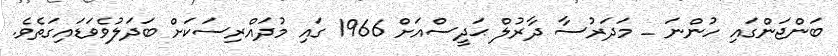
ބަންޖަންގައި ހުންނަ _ މަދަރުސާ ދާރުލް ޙަދީސްއަށް 1966 ގައި މުދައްރިސަކަށް ބަދަލުވެވަޑައިގަތެވެ.